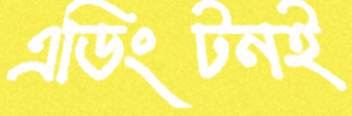
এডিংটনই